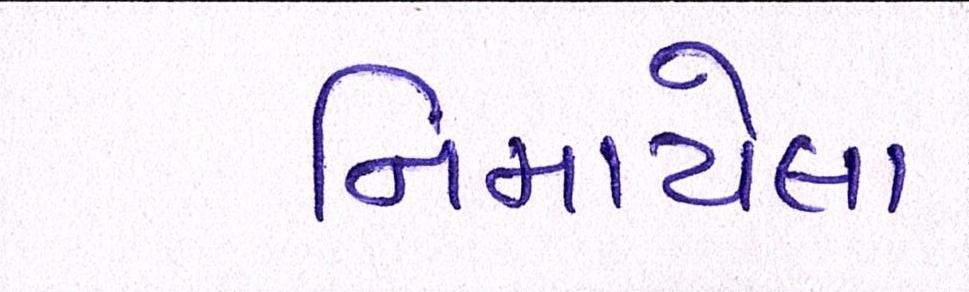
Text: નિમાયેલા